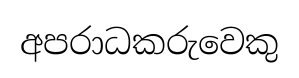
අපරාධකරුවෙකු